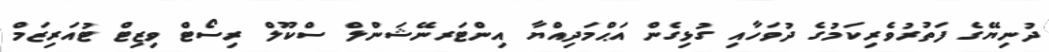
ދުނިޔޭގެ ފަތުރުވެރިކަމުގެ ދުވަހާއި ގުޅިގެން އަޙްމަދިއްޔާ އިންޓަރނޭޝަންލް ސްކޫލް ރިސޯޓް ވިޒިޓް ޓުއަރިޒަމް